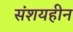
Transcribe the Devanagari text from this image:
संशयहीन